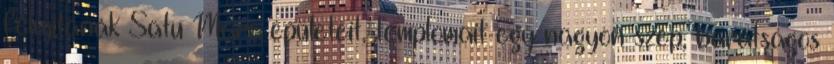
felújítanák Satu Mare épületeit, templomait egy nagyon szép, barátságos